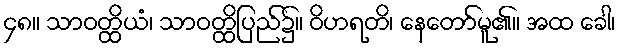
၄၈။ သာဝတ္ထိယံ၊ သာဝတ္ထိပြည်၌။ ဝိဟရတိ၊ နေတော်မူ၏။ အထ ခေါ၊